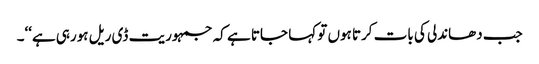
جب دھاندلی کی بات کرتا ہوں تو کہا جاتا ہے کہ جمہوریت ڈی ریل ہورہی ہے‘‘۔